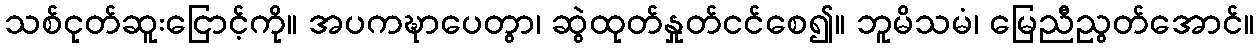
သစ်ငုတ်ဆူးငြောင့်ကို။ အပကဍ္ဎာပေတွာ၊ ဆွဲထုတ်နှုတ်ငင်စေ၍။ ဘူမိသမံ၊ မြေညီညွတ်အောင်။